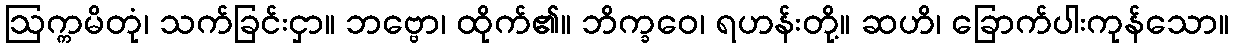
ဩက္ကမိတုံ၊ သက်ခြင်းငှာ။ ဘဗ္ဗော၊ ထိုက်၏။ ဘိက္ခဝေ၊ ရဟန်းတို့။ ဆဟိ၊ ခြောက်ပါးကုန်သော။